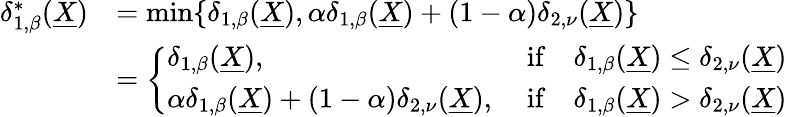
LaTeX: \begin{array}{rl}{\delta_{1,\beta}^{*}(\underline{{X}})}&{=\operatorname*{min}\{ \delta_{1,\beta}(\underline{{X}}),\alpha\delta_{1,\beta}(\underline{{X}})+(1-\alpha)\delta_{2,\nu}(\underline{{X}})\} }\\ &{=\left\{ \begin{array}{ll}{\delta_{1,\beta}(\underline{{X}}),}&{\mathrm{~if}\quad\delta_{1,\beta}(\underline{{X}})\leq\delta_{2,\nu}(\underline{{X}})}\\ {\alpha\delta_{1,\beta}(\underline{{X}})+(1-\alpha)\delta_{2,\nu}(\underline{{X}}),}&{\mathrm{~if}\quad\delta_{1,\beta}(\underline{{X}})>\delta_{2,\nu}(\underline{{X}})}\end{array}\right.}\end{array}